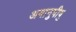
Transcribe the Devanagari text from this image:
अमानुषीषु